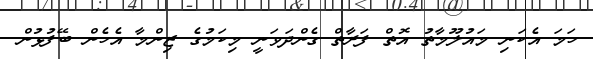
ހަމަ އެކަނި މައުލޫމާތު އޮތް ފަރާތް ގެންދަވަނީ މިކަމުގެ ޒިންމާ އެހެން ބޭފުޅުން